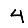
Digit: 4